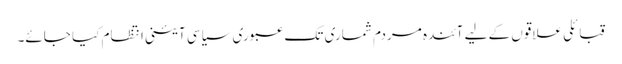
قبائلی علاقوں کے لیے آئندہ مردم شماری تک عبوری سیاسی آئینی انتظام کیا جائے۔